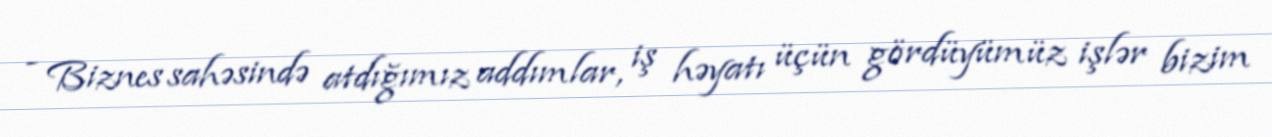
- Biznes sahəsində atdığımız addımlar, iş həyatı üçün gördüyümüz işlər bizim